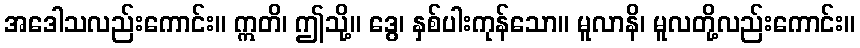
အဒေါသလည်းကောင်း။ ဣတိ၊ ဤသို့။ ဒွေ၊ နှစ်ပါးကုန်သော။ မူလာနိ၊ မူလတို့လည်းကောင်း။